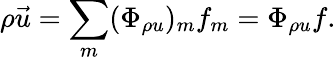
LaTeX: \rho\vec{u}=\sum_{m}(\Phi_{\rho u})_{m}f_{m}=\Phi_{\rho u}f.